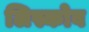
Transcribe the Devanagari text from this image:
लिस्कोव